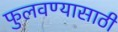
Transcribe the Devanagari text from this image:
फुलवण्यासाठी